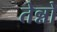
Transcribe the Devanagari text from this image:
तेन्नो